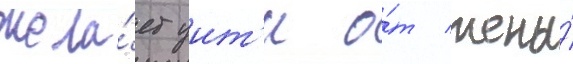
жела́ет уит'и о́т жены́